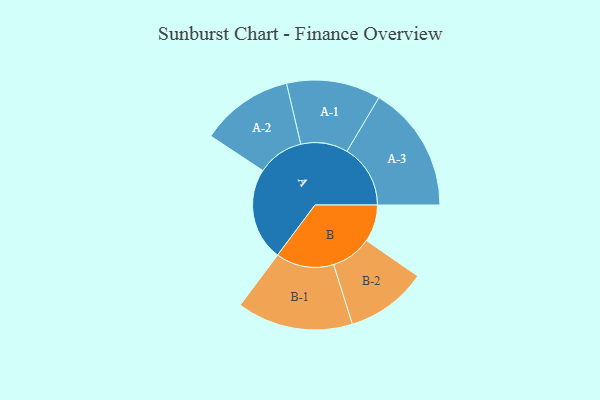
{"axis": {"x": "Segment", "y": "Value"}, "legend": ["", "A", "B"], "data": [{"x": "A", "y": 430, "type": ""}, {"x": "B", "y": 172, "type": ""}, {"x": "A-1", "y": 218, "type": "A"}, {"x": "A-2", "y": 215, "type": "A"}, {"x": "A-3", "y": 294, "type": "A"}, {"x": "B-1", "y": 269, "type": "B"}, {"x": "B-2", "y": 188, "type": "B"}]}